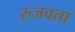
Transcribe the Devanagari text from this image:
रुजवता